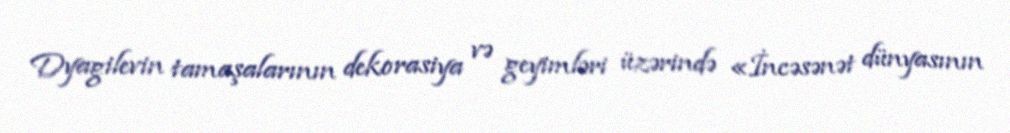
Dyagilevin tamaşalarının dekorasiya və geyimləri üzərində «İncəsənət dünyasının